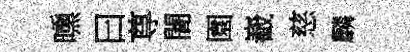
曛曰尊闇園嶻慈麟